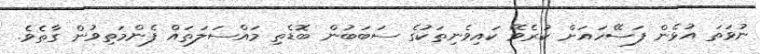
ނުވަތަ އުޅެން ފަސޭހައަށް ކުރެވޭ ކައިވެނިތަކުގެ ސަބަބުން ބޮޑެތި މައްސަލަތައް ފެންމަތިވުން ގާތެވެ.